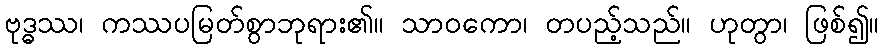
ဗုဒ္ဓဿ၊ ကဿပမြတ်စွာဘုရား၏။ သာဝကော၊ တပည့်သည်။ ဟုတွာ၊ ဖြစ်၍။